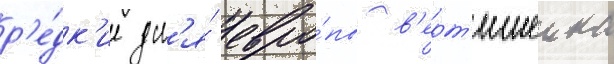
р'е́дк'ие дл'я́ евро́пы в'ерт'ишеика